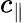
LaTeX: c_{\parallel}